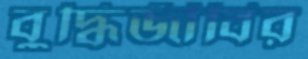
বুদ্ধিজীবির